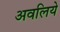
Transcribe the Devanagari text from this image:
अवलिये